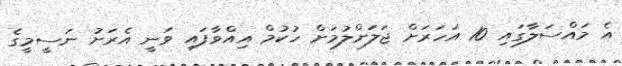
އެ މައްސަލާގައި 10 އަހަރަށް ޖަލަށްލުމަށް ހުކުމް އިއްވާފައި ވަނީ އެރަށު ނަސީމީގެ